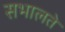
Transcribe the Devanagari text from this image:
सभालते